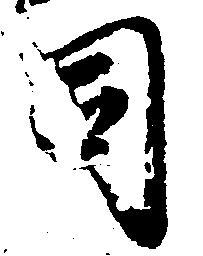
司